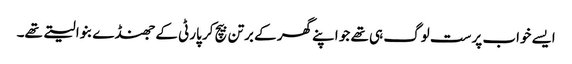
ایسے خواب پرست لوگ ہی تھے جو اپنے گھر کے برتن بیچ کر پارٹی کے جھنڈے بنوا لیتے تھے۔